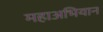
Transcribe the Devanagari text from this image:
महाअभियान